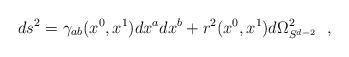
LaTeX: \begin{align*}ds^2=\gamma_{ab}(x^0,x^1)dx^adx^b+r^2(x^0,x^1)d\Omega^2_{S^{d-2}}~~,\end{align*}